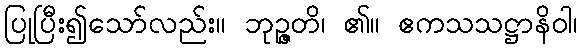
ပြုပြီး၍သော်လည်း။ ဘုဉ္ဇတိ၊ ၏။ ဧကသသဋ္ဌာနိဝါ၊